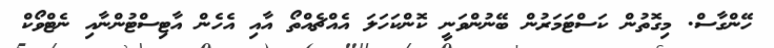
ހޭންގާސް. މިގޮތުން ކަސްޓަމަރުން ބޭނުންވަނީ ކޮންކަހަލަ އެއްޗެއްތޯ އާއި އެހެން އާޓިސްޓުންނާއި ނެޓްވޯކް